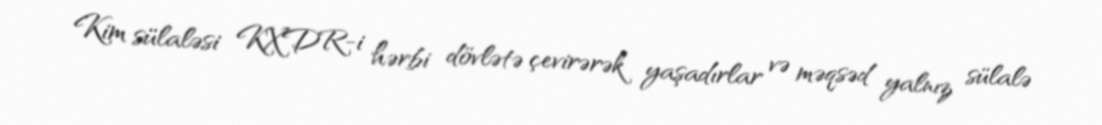
Kim sülaləsi KXDR-i hərbi dövlətə çevirərək yaşadırlar və məqsəd yalnız sülalə